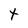
Character: t